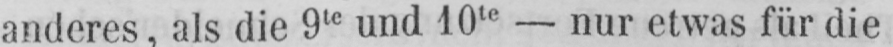
anderes, als die 9te und 10te - nur etwas für die